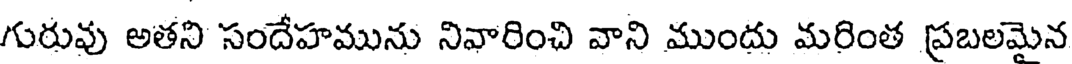
గురువు అతని సందేహమును నివారించి వాని ముందు మరింత ప్రబలమైన